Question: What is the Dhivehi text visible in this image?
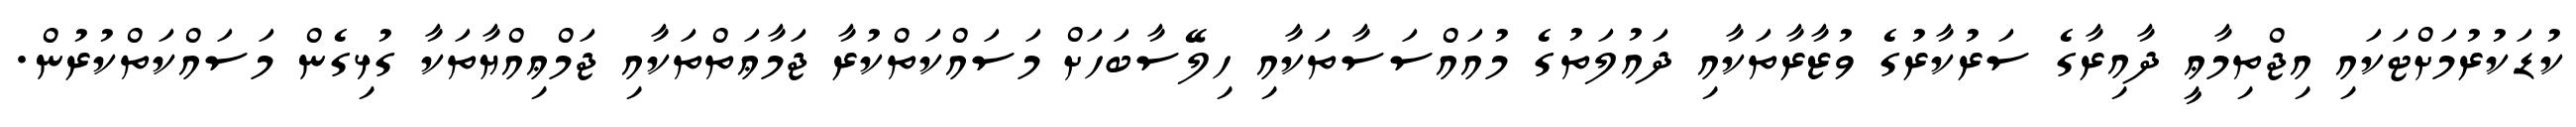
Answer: ކުޑަކުރުމަށްޓަކައި އިޖްތިމާޢީ ދާއިރާގެ ސަރުކާރުގެ ވުޒާރާތަކާއި ދައުލަތުގެ މުއައްސަސާތަކާއި ހިލޭސާބަހަށް މަސައްކަތްކުރާ ޖަމާޢަތްތަކާއި ޖަމްޢިއްޔާތަކާ ގުޅިގެން މަސައްކަތްކުރުން.